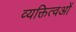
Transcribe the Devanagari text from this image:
व्यक्तित्वओं